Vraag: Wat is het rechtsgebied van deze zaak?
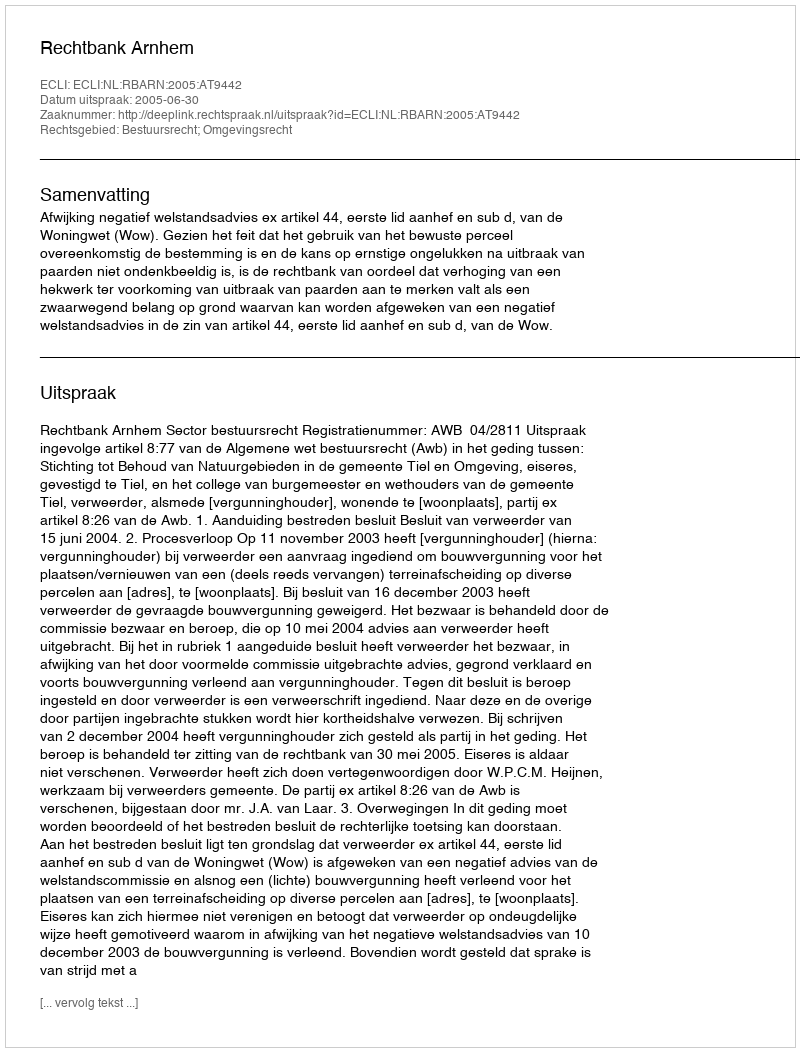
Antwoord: Bestuursrecht; Omgevingsrecht